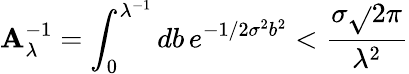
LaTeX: \mathbf{A}_{\lambda}^{-1}=\int_{0}^{\lambda^{-1}}db\, e^{-1/2\sigma^{2}b^{2}}<{\frac{{\sigma\sqrt{}{{2\pi}}}}{{\lambda^{2}}}}